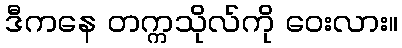
ဒီကနေ တက္ကသိုလ်ကို ဝေးလား။